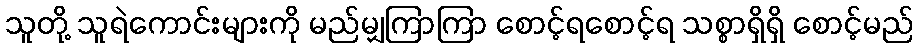
သူတို့ သူရဲကောင်းများကို မည်မျှကြာကြာ စောင့်ရစောင့်ရ သစ္စာရှိရှိ စောင့်မည်